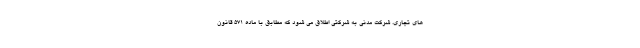
های تجاری. شرکت مدنی به شرکتی اطلاق می شود که مطابق با ماده 571 قانون